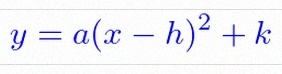
y=a(x-h)^2+k